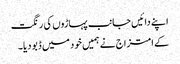
اپنے دائیں جانب پہاڑوں کی رنگت
کے امتزاج نے ہمیں خود میں ڈبو دیا۔